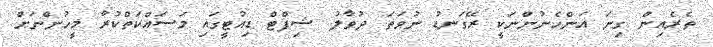
ތެރެއިން ގިނަ އަންހެނުންނަކީ ރޭގަނޑު ނުވަތަ ދުވާލު ޝިފްޓް ޑިއުޓީގައި މަސައްކަތްކުރާ މީހުންނަށް